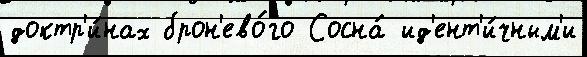
доктр'и́нах брон'ево́го Сосна́ ид'ент'и́чным'и